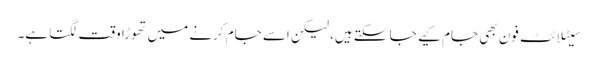
سیٹلا ئٹ فون بھی جام کیے جا سکتے ہیں، لیکن اسے جام کرنے میں تھوڑا وقت لگتا ہے۔